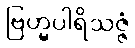
ဗြဟ္မပါရိသဇ္ဇံ